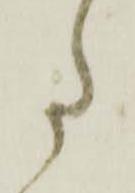
た